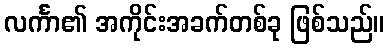
လင်္ကာ၏ အကိုင်းအခက်တစ်ခု ဖြစ်သည်။